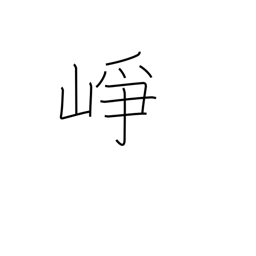
Meaning: high